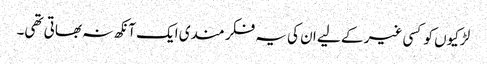
لڑکیوں کو کسی غیر کے لیے ان کی یہ فکر مندی ایک آنکھ نہ بھاتی تھی۔